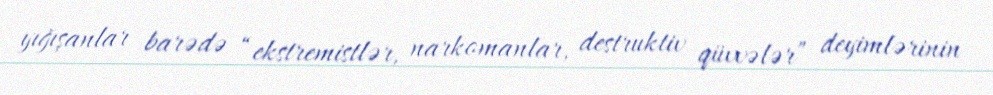
yığışanlar barədə “ekstremistlər, narkomanlar, destruktiv qüvvələr” deyimlərinin